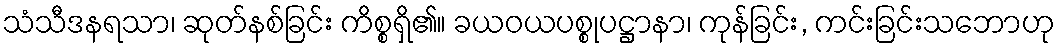
သံသီဒနရသာ၊ ဆုတ်နစ်ခြင်း ကိစ္စရှိ၏။ ခယဝယပစ္စုပဋ္ဌာနာ၊ ကုန်ခြင်း, ကင်းခြင်းသဘောဟု